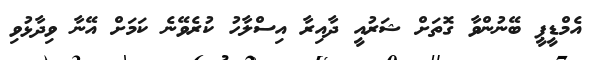
އެމްޑީޕީ ބޭނުންވާ ގޮތަށް ޝަރުއީ ދާއިރާ އިސްލާހު ކުރެވޭނެ ކަމަށް އޭނާ ވިދާޅުވި